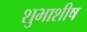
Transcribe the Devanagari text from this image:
शुभाशीष